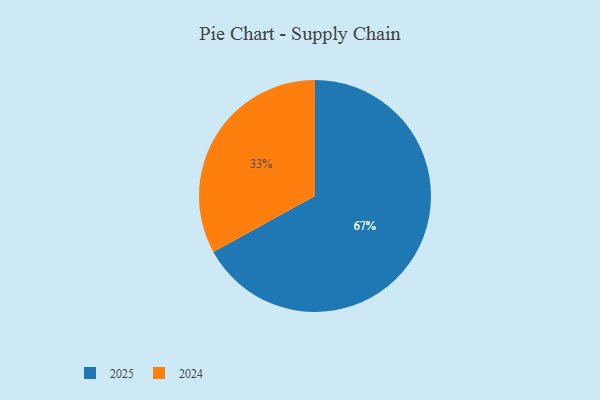
{"axis": {"x": "Category", "y": "Percentage"}, "legend": ["2024", "2025"], "data": [{"x": "2024", "y": 33, "type": "2024"}, {"x": "2025", "y": 67, "type": "2025"}]}